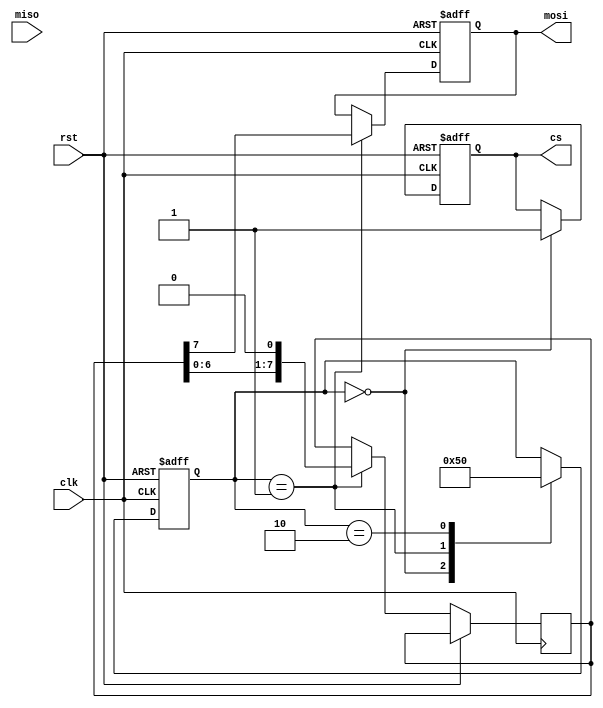
module spi_master (
    input wire clk,
    input wire rst,
    output reg mosi,
    input wire miso,
    output reg cs
);

reg [7:0] data_out;
reg [7:0] data_in;

reg [2:0] state;
parameter IDLE = 3'b000;
parameter SHIFT = 3'b001;
parameter CAPTURE = 3'b010;

always @(posedge clk or posedge rst) begin
    if (rst) begin
        mosi <= 1'b0;
        cs <= 1'b1;
        state <= IDLE;
    end else begin
        case (state)
            IDLE: begin
                cs <= 1'b1;
                state <= SHIFT;
            end
            SHIFT: begin
                mosi <= data_out[7];
                data_out <= {data_out[6:0], 1'b0};
                state <= CAPTURE;
            end
            CAPTURE: begin
                data_in <= {miso, data_in[7:1]};
                state <= IDLE;
            end
        endcase
    end
end

endmodule